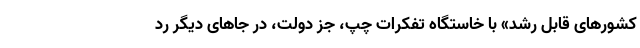
کشورهای قابل رشد» با خاستگاه تفکرات چپ، جز دولت، در جاهای دیگر رد